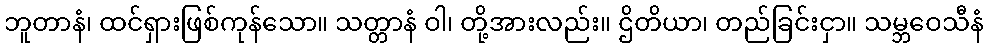
ဘူတာနံ၊ ထင်ရှားဖြစ်ကုန်သော။ သတ္တာနံ ဝါ၊ တို့အားလည်း။ ဌိတိယာ၊ တည်ခြင်းငှာ။ သမ္ဘဝေသီနံ